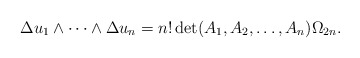
\begin{align*}\Delta u_1\wedge \dots\wedge\Delta u_n=n!\det(A_1,A_2,\dots,A_n)\Omega_{2n}.\end{align*}